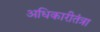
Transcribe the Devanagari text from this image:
अधिकारीतंत्रा